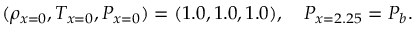
( \rho _ { x = 0 } , T _ { x = 0 } , P _ { x = 0 } ) = ( 1 . 0 , 1 . 0 , 1 . 0 ) , \quad P _ { x = 2 . 2 5 } = P _ { b } .